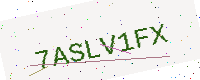
Text: 7ASLV1FX